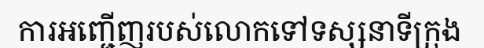
ការអញ្ជើញរបស់លោកទៅទស្សនាទីក្រុង